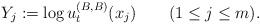
\begin{align*}Y_j := \log u^{(B,B)}_t(x_j)\qquad(1\le j\le m).\end{align*}